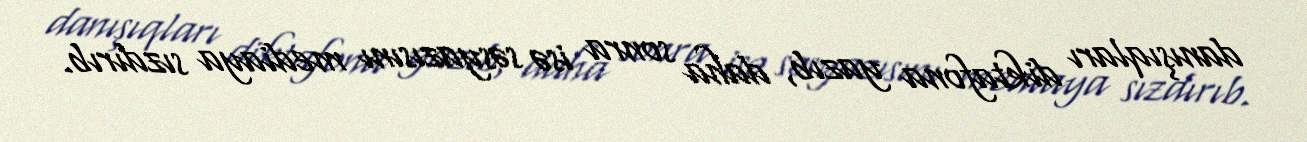
danışıqları diktafona yazıb, daha sonra isə səsyazısını mediaya sızdırıb.